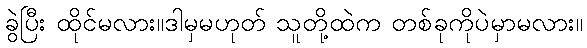
ခွဲပြီး ထိုင်မလား။ဒါမှမဟုတ် သူတို့ထဲက တစ်ခုကိုပဲမှာမလား။